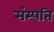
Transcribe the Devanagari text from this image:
संम्पति